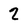
Character: 2